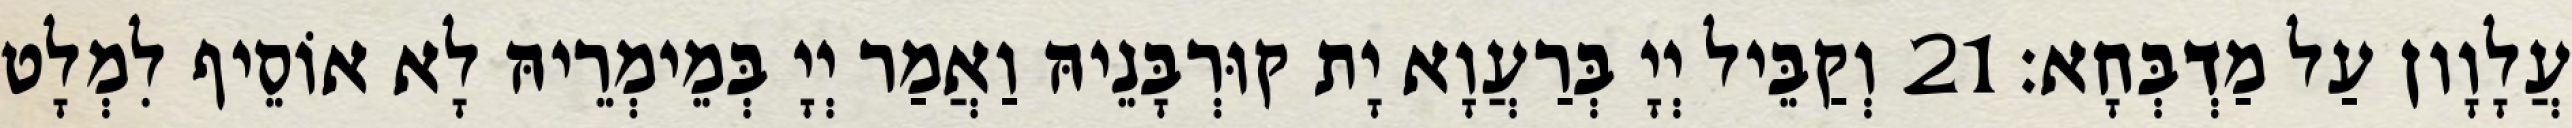
עֲלָוָון עַל מַדְבְּחָא׃ 21 וְקַבֵּיל יְיָ בְּרַעֲוָא יָת קוּרְבָּנֵיהּ וַאֲמַר יְיָ בְּמֵימְרֵיהּ לָא אוֹסֵיף לִמְלָט